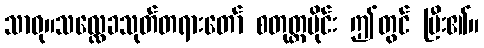
သာဓု။သလ္လေခသုတ်တရားတော် စတုတ္ထပိုင်း ဤတွင် ပြီး၏။